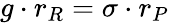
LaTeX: g\cdot r_{R}=\sigma\cdot r_{P}